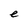
Character: e